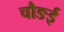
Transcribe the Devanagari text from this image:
चौङई